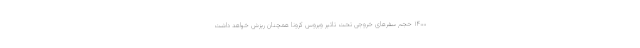
۱۴۰۰ حجم سفرهای خروجی تحت تاثیر ویروس کرونا همچنان ریزش خواهد داشت